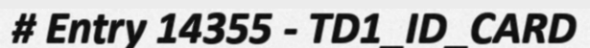
# Entry 14355 - TD1_ID_CARD